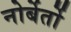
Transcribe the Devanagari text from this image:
नोर्बेर्तो